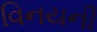
વિનયની